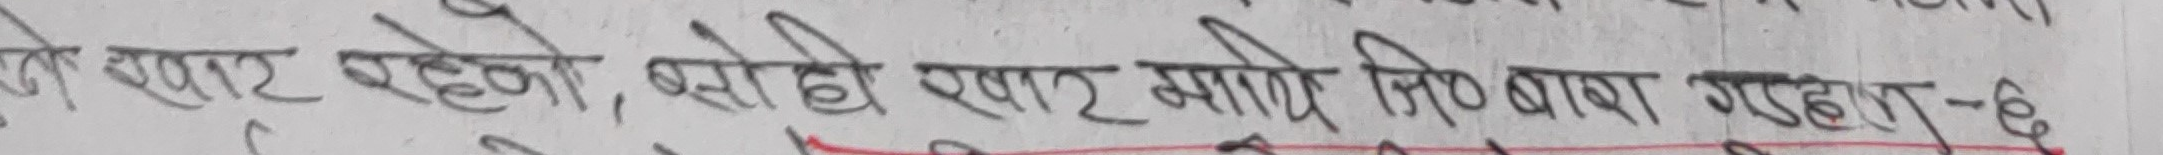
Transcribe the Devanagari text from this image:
खुपर भएर मोरे जि. बा. गते १८